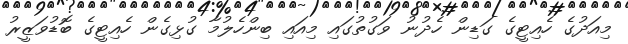
މިއަދުގެ ހެއިޓީގެ ގަޑިން ހެދުނު ވަގުތުގައި މިއައި ބިންހެލުމާ ގުޅިގެން ހެއިޓީގެ ބޮޑުވަޒީރު